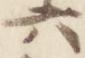
六